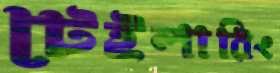
টেইলারিং